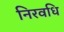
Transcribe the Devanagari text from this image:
निरवधि